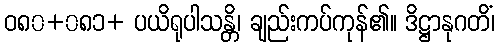
ဝ၈၀+၀၈၁+ ပယိရုပါသန္တိ၊ ချည်းကပ်ကုန်၏။ ဒိဋ္ဌာနုဂတိံ၊